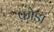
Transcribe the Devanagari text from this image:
फ़ोडा